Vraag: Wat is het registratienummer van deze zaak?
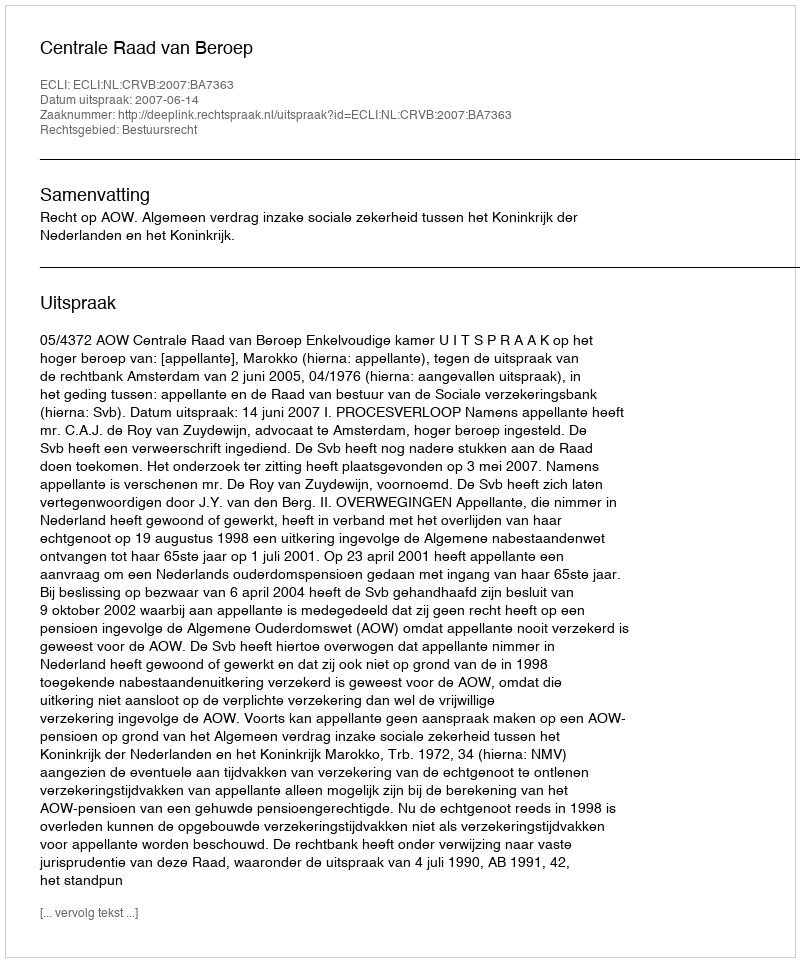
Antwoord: http://deeplink.rechtspraak.nl/uitspraak?id=ECLI:NL:CRVB:2007:BA7363